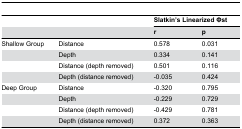
<table><thead><tr><td></td><td></td><td colspan="2"><b>Slatkin’s Linearized Φst</b></td></tr><tr><td></td><td></td><td><b>r</b></td><td><b>p</b></td></tr></thead><tbody><tr><td>Shallow Group</td><td>Distance</td><td>0.578</td><td>0.031</td></tr><tr><td></td><td>Depth</td><td>0.334</td><td>0.141</td></tr><tr><td></td><td>Distance (depth removed)</td><td>0.501</td><td>0.116</td></tr><tr><td></td><td>Depth (distance removed)</td><td>-0.035</td><td>0.424</td></tr><tr><td>Deep Group</td><td>Distance</td><td>-0.320</td><td>0.795</td></tr><tr><td></td><td>Depth</td><td>-0.229</td><td>0.729</td></tr><tr><td></td><td>Distance (depth removed)</td><td>-0.429</td><td>0.781</td></tr><tr><td></td><td>Depth (distance removed)</td><td>0.372</td><td>0.363</td></tr></tbody></table>